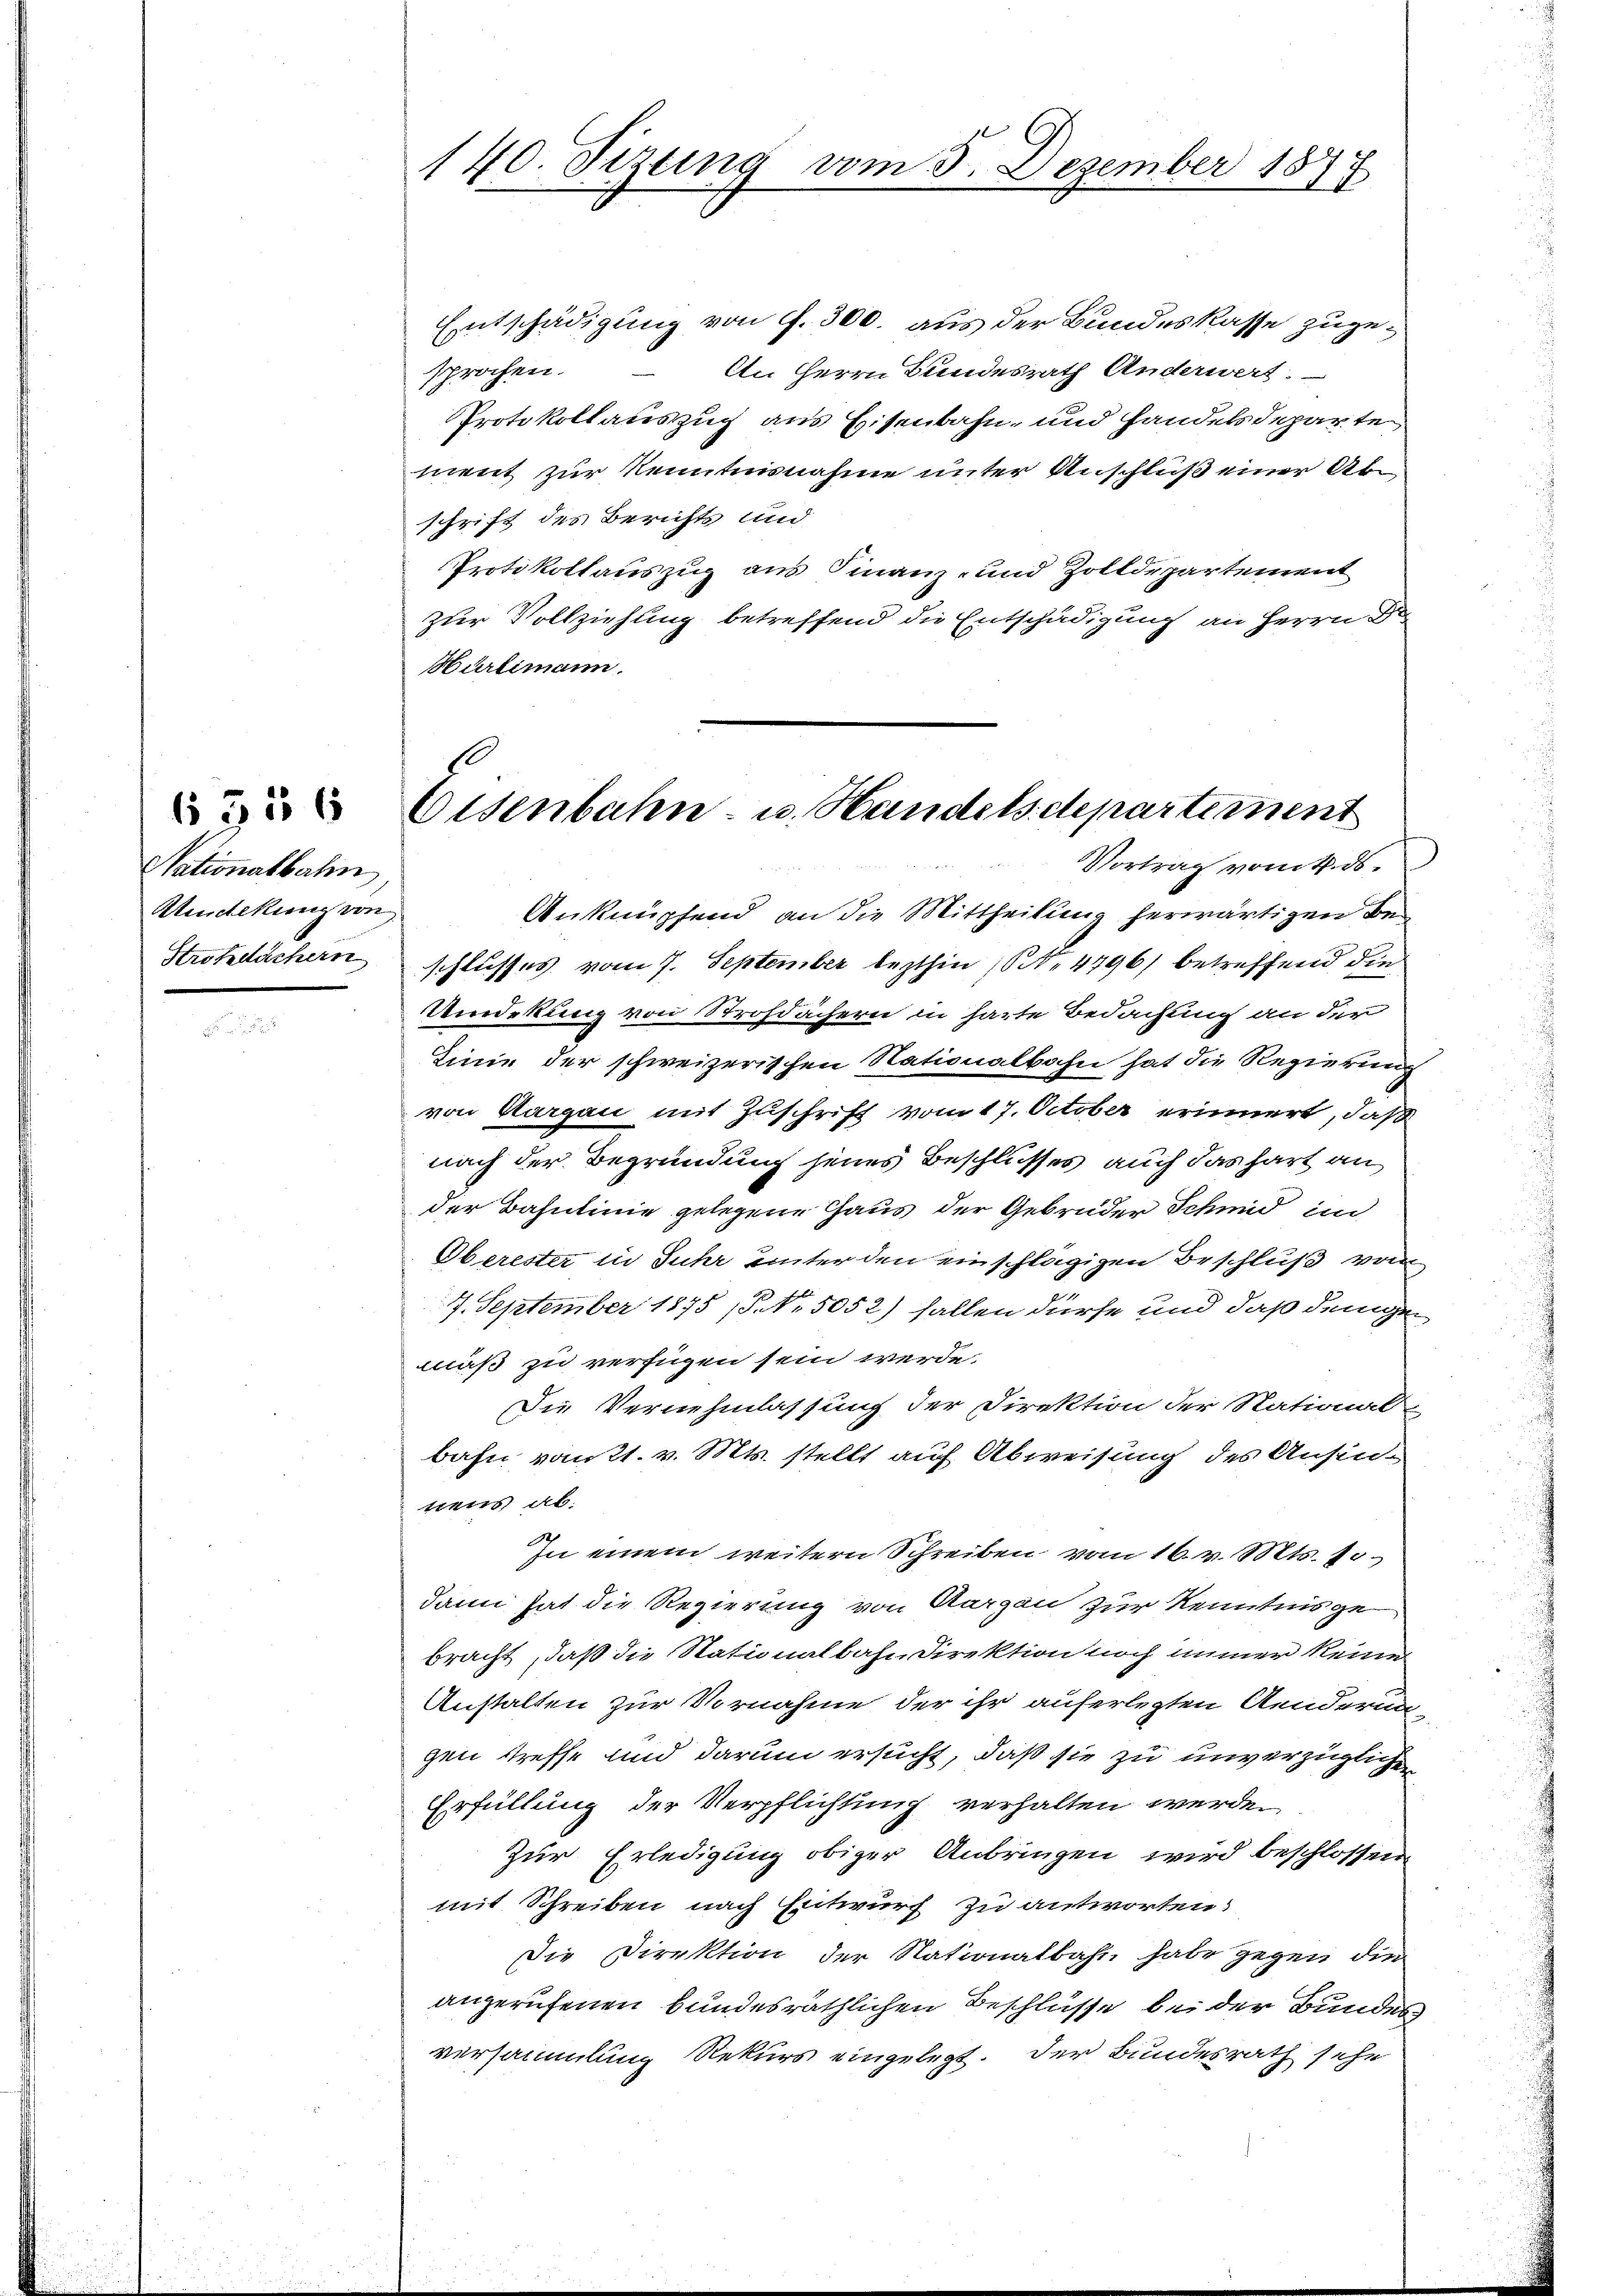
Stationalbahn
Atdekung von
Strotzdächern

6556

140. Sizung vom 5. Dezember 1878

Entschädigung von f. 300. aus der Bundeskasse zugesprochen.
An Herrn Bundesrath Anderwert.
Protokollauszug aus Eisenbahn- und handelsdeparte,
ment zur Kenntnisnahme unter Anschluß einer Abschrift des Berichts und
Protokollauszug aus Finanz- und Zolldepartement
zur Vollziehung betreffend die Entschädigung an Herrn De
Hürlimann.
Anknüpfend an die Mittheilung herwärtigen Beschlusses vom 7. September lezthin (S. 4796) betreffend die
Umdekung von Strofdächern in harte Bedachung an der
Linie der schweizerischen Nationalbahn hat die Regierung
von Aargau mit Zuschrift vom 17. October erinnert, daß
nach der Begründung jenes Beschlusses auch das hart an
der Bahnlinie gelegene Gaus der Gebrüder Schmid in
Oberester in Juhr unter den einschlägigen Beschluß vom
7. September 1875 § NNo. 5052) fallen dürfe und daß demgemäß zu verfügen sein werde.
Die Vernehmlassung der Direktion der Stational-
bahn vom 21. v. Mts. stellt auf Abweisung des Ansinnens ab.
1
In einem weitern Schreiben vom 16. v. Mts. 10
dann hat die Regierung von Aargau zur Kenntnis ge
bracht, daß die Stationalbahn Direktion noch immer keine
Anstalten zur Vornahme der ihr auferlegten Aenderun
gen streffe und darum ersucht, daß sie zu unverzügliche
Erfüllung der Verpflichtung verhalten werden,
Zur Erledigung obiger Anbringen wird beschlossen
mit Schreiben nach Entwurf zu antworten.
Die Direktion der Nationalbahn habe gegen die
angerufenen bundesräthlichen Beschlüsse bei der Bundes
versammlung Rekurs eingelegt. Der Bundesrath sehe

Eisenbahn- u. Handels departement
Vortrag vom 4. ds.